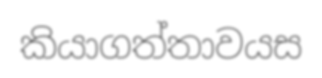
කියාගත්තාවයස